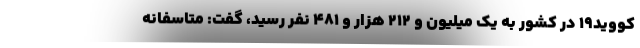
کووید۱۹ در کشور به یک میلیون و ۲۱۲ هزار و ۴۸۱ نفر رسید، گفت: متاسفانه